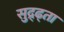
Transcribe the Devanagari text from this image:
सुद्र्ढ्ता